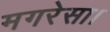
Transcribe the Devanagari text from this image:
मगरेसा।